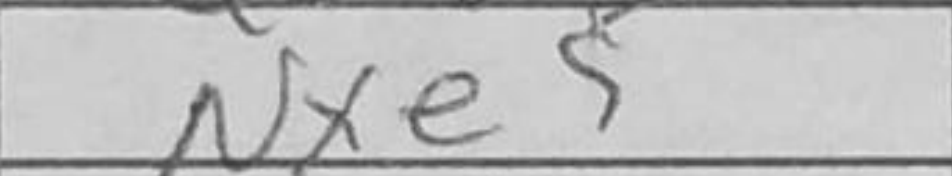
Transcription: Nxe5